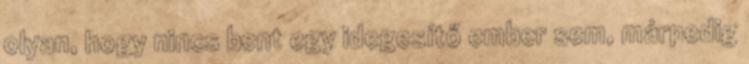
olyan, hogy nincs bent egy idegesítő ember sem, márpedig